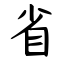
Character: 省